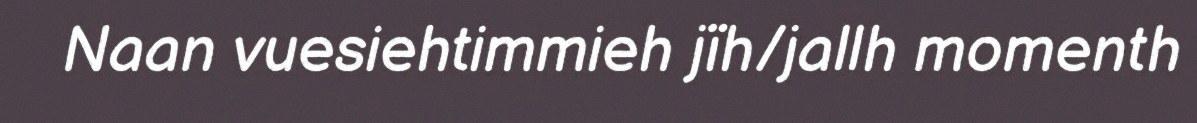
Naan vuesiehtimmieh jïh/jallh momenth